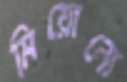
মিয়োনো